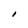
Character: I